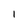
Character: 1